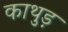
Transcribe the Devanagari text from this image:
काथुड़